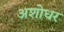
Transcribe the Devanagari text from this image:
अशोधर